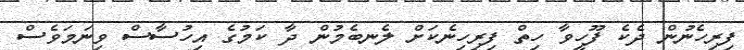
ފިރިހެނުން ދެކެ ފޫހީވާ ހިތް ފިރިހިނެކަށް ލެނބެމުން ދާ ކަމުގެ އިހުސާސް ވިނަމަވެސް